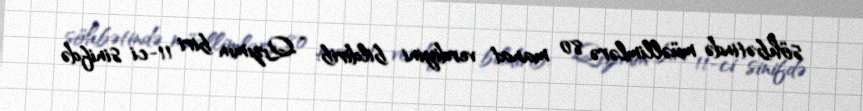
söhbətində müəllimlərə 80 manat verdiyini bildirib: “Qızımın biri 11-ci sinifdə